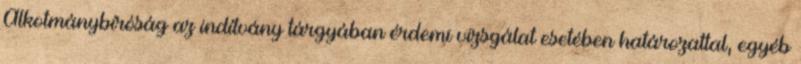
Alkotmánybíróság az indítvány tárgyában érdemi vizsgálat esetében határozattal, egyéb